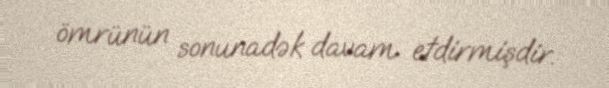
ömrünün sonunadək davam etdirmişdir.